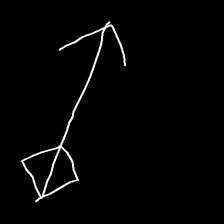
Glyph: focus